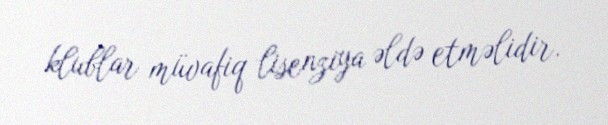
klublar müvafiq lisenziya əldə etməlidir.